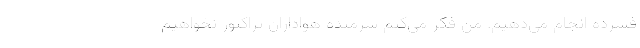
فشرده انجام می‌دهیم. من فکر می‌کنم شرمنده هواداران تراکتور نخواهیم